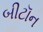
બીટૉન